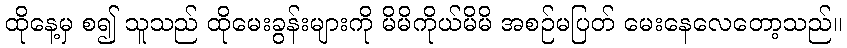
ထိုနေ့မှ စ၍ သူသည် ထိုမေးခွန်းများကို မိမိကိုယ်မိမိ အစဉ်မပြတ် မေးနေလေတော့သည်။